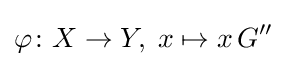
\varphi \colon X\to Y,\;x\mapsto x\,G''